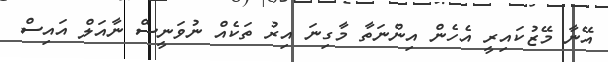
އޭނާ މޭޒުކައިރީ އެހެން އިންނަތާ މާގިނަ އިރު ތަކެއް ނުވަނީސް ނާއަލް އައިސް